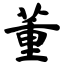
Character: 董